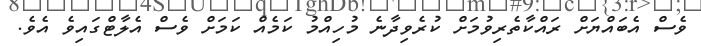
ވެސް އެބައްޔަށް ރައްކާތެރިވުމަށް ކުރެވިދާނެ މުހިއްމު ކަމެއް ކަަމަށް ވެސް އެލާޓްގައިވެ އެވެ.